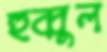
হুব্বুল